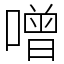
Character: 噌